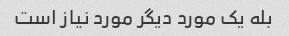
بله یک مورد دیگر مورد نیاز است